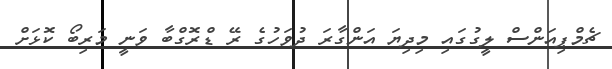
ޗެމްޕިއަންސް ލީގުގައި މިދިޔަ އަންގާރަ ދުވަހުގެ ރޭ ޑްރޮގްބާ ވަނީ މަރިބޯ ކޮޅަށް